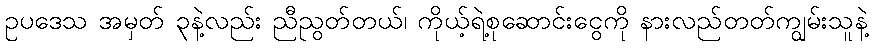
ဥပဒေသ အမှတ် ၃နဲ့လည်း ညီညွတ်တယ်၊ ကိုယ့်ရဲ့စုဆောင်းငွေကို နားလည်တတ်ကျွမ်းသူနဲ့